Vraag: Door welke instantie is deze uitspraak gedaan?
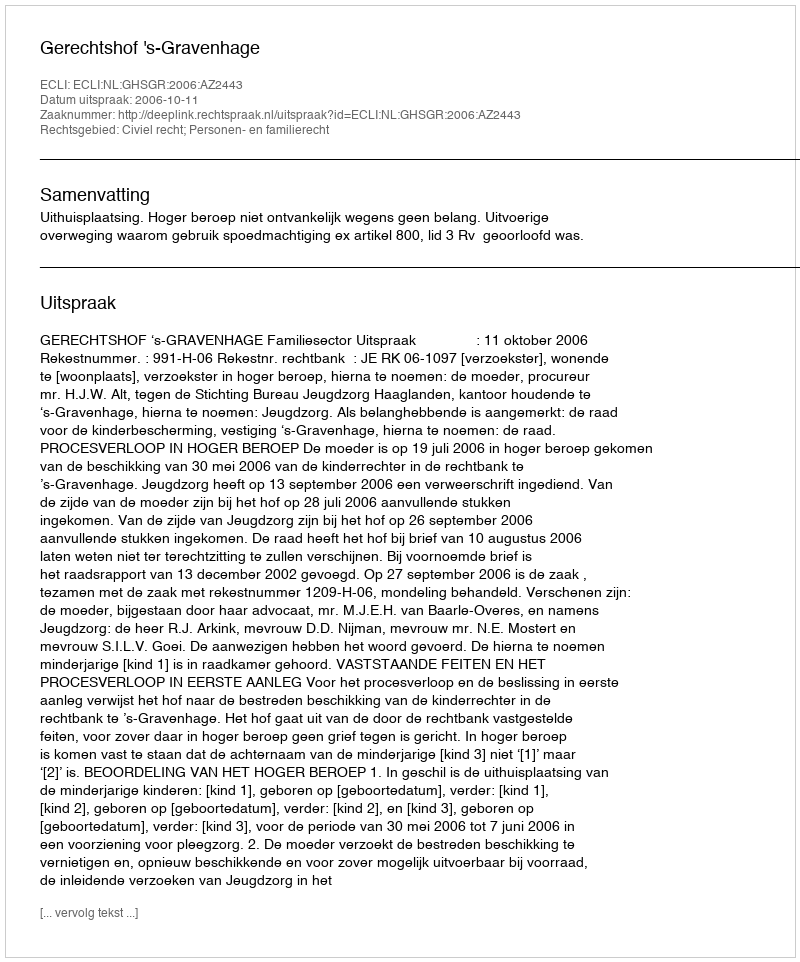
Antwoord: Gerechtshof 's-Gravenhage